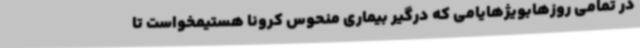
در تمامی روزهابویژهایامی که درگیر بیماری منحوس کرونا هستیمخواست تا